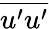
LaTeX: \overline{{u^{\prime}u^{\prime}}}